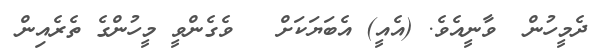
ދެމީހުން  ވާނީއެވެ. (އެއީ) އެބަޔަކަށް   ވެގެންވީ މީހުންގެ ތެރެއިން